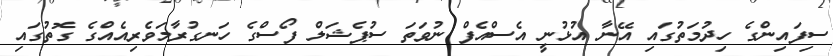
ސިފައިންގެ ހިދުމަތުގައި އޭނާ އުޅުނީ އެސްއެފް ނުވަތަ ސުޕެޝަލް ފޯސްގެ ހަނގުރާމަވެރިއެއްގެ ގޮތުގައި